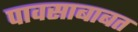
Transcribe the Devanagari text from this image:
पावसाबाबत